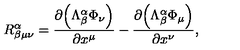
R _ { \beta \mu \nu } ^ { \alpha } = \frac { \partial { \left( \Lambda _ { \beta } ^ { \alpha } \Phi _ { \nu } \right) } } { \partial x ^ { \mu } } - \frac { \partial { \left( \Lambda _ { \beta } ^ { \alpha } \Phi _ { \mu } \right) } } { \partial x ^ { \nu } } ,